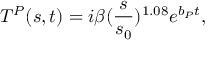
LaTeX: T ^ { P } ( s , t ) = i \beta ( \frac { s } { s _ { 0 } } ) ^ { 1 . 0 8 } e ^ { b _ { P } t } ,